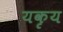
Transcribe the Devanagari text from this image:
यकृय